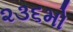
૨૩૬મો